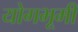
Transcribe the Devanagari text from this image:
योगभूमी